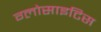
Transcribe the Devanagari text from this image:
ग्लोसाइटिस